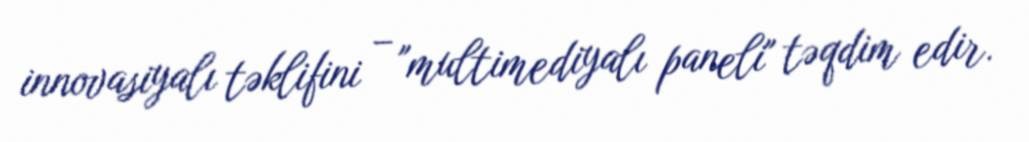
innovasiyalı təklifini – "multimediyalı paneli" təqdim edir.